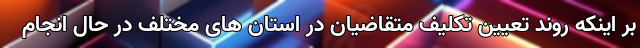
بر اینکه روند تعیین تکلیف متقاضیان در استان های مختلف در حال انجام